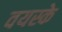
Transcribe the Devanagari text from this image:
वयस्के